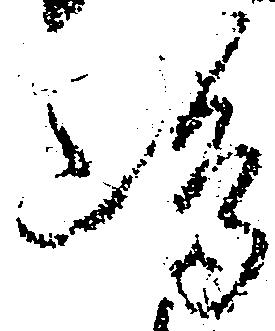
嶋